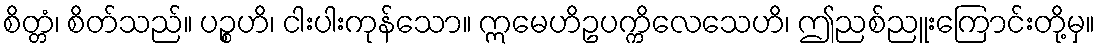
စိတ္တံ၊ စိတ်သည်။ ပဉ္စဟိ၊ ငါးပါးကုန်သော။ ဣမေဟိဥပက္ကိလေသေဟိ၊ ဤညစ်ညူးကြောင်းတို့မှ။